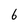
Character: 6